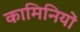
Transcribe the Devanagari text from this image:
कामिनियों